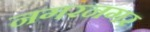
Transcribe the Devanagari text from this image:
नगरनगर